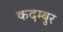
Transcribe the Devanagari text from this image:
कदम्बुर